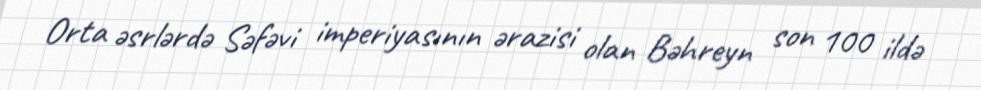
Orta əsrlərdə Səfəvi imperiyasının ərazisi olan Bəhreyn son 100 ildə